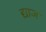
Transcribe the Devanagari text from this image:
द्याज